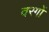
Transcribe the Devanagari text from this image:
वरगों